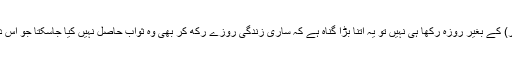
اگر کسی نے رمضان کے مہینے میں شرعی عذر (مرض یا سفر) کے بغیر روزہ رکھا ہی نہیں تو یہ اتنا بڑا گناہ ہے کہ ساری زندگی روزے رکھ کر بھی وہ ثواب حاصل نہیں کیا جاسکتا جو اس دن روزہ رکھنے کی صورت میں حاصل ہوتا (مشکاۃ المصابیح)۔